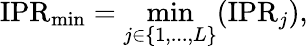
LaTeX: \mathrm{IPR}_{\operatorname*{min}}=\operatorname*{min}_{j\in\{ 1,...,L\} }(\mathrm{IPR}_{j}),